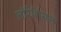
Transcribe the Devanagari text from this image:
लॉरेंशियम